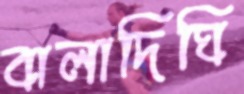
বালাদিঘি